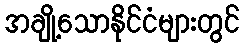
အချို့သောနိုင်ငံများတွင်